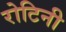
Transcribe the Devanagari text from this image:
रोटिनी